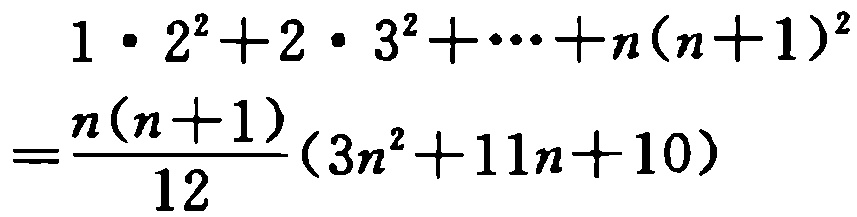
\[

\begin{align*}

&1\cdot2^{2}+2\cdot3^{2}+\cdots +n(n + 1)^{2}\\

=&\frac{n(n + 1)}{12}(3n^{2}+11n + 10)

\end{align*}

\]